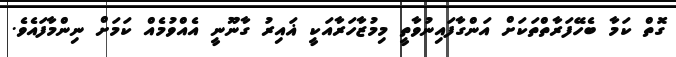
ގޮތް ކަމާ ބެހޭފަރާތްތަކަށް އަންގާފައިނުވާތީ މިމުޒާހަރާއަކީ ޣައިރު ގާނޫނީ އެއްވުމެއް ކަމަށް ނިންމާފައެވެ.